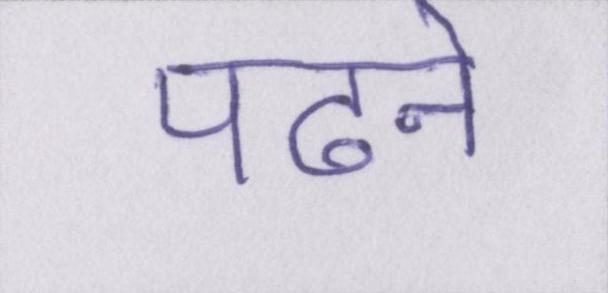
पढने